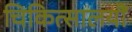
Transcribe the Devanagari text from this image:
चिकित्सालयौं